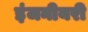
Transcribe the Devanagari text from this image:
इंजनीयरी